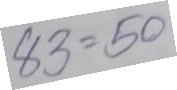
83 = 50